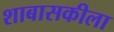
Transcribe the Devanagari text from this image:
शाबासकीला